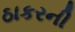
ઠાકરની